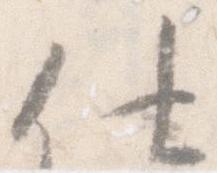
仕